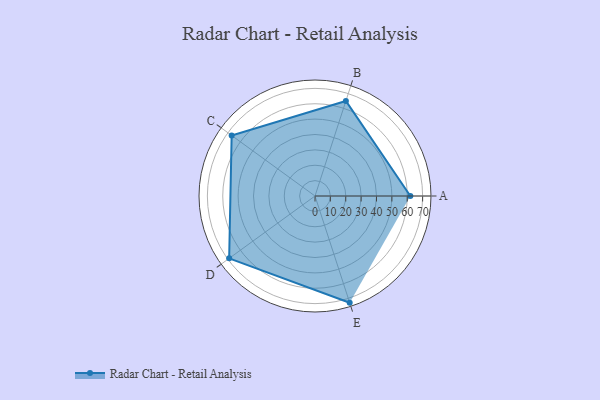
{"axis": {"x": "Skill", "y": "Score"}, "legend": ["Profile"], "data": [{"x": "A", "y": 62.0, "type": "Profile"}, {"x": "B", "y": 65.0, "type": "Profile"}, {"x": "C", "y": 67.0, "type": "Profile"}, {"x": "D", "y": 69.0, "type": "Profile"}, {"x": "E", "y": 73.0, "type": "Profile"}]}